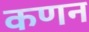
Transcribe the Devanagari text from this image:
कणन